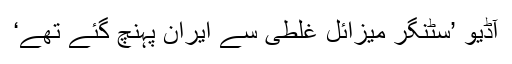
آڈیو ’سٹنگر میزائل غلطی سے ایران پہنچ گئے تھے‘